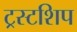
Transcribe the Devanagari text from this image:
ट्रस्टशिप